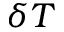
\delta T